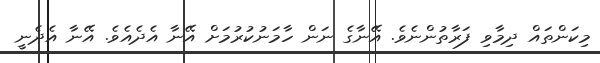
މިކަންތައް ދިމާވި ފަރާތުންނެވެ. އޭނާގެ ނަން ހާމަނުކުރުމަށް އޭނާ އެދެއެވެ. އޭނާ އެދެނީ